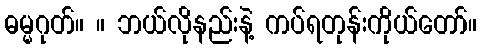
ဓမ္မဂုတ်။ ။ ဘယ်လိုနည်းနဲ့ ကပ်ရတုန်းကိုယ်တော်။